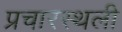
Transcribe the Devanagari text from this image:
प्रचारस्‍थली